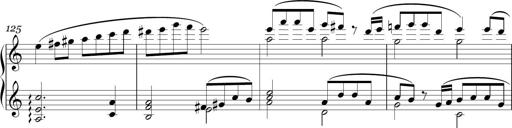
Title: Sonatina in E minor
Composer: Shuwen Zhang
Key: E minor